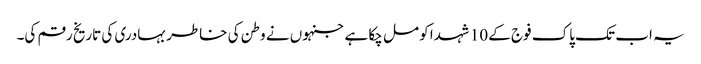
یہ اب تک پاک فوج کے 10 شہدا کو مل چکا ہے جنہوں نے وطن کی خاطر بہادری کی تاریخ رقم کی۔